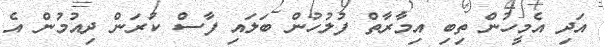
އަދި އެމީހުން ތިބި އިމާރާތް ފުލުހުން ބަލައި ފާސް ކުރަން ދިއުމުން އެ